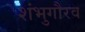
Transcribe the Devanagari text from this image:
शंभुगौरव